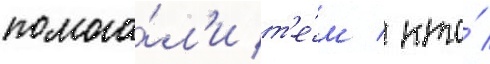
помога́л'и т'е́м / кто́